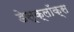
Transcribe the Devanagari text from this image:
डेस्क्लॉक्स